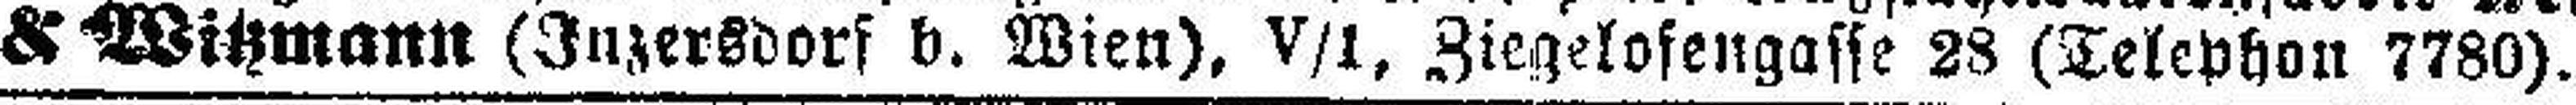
& Witzmann (Inzersdorf b. Wien), V/1, Ziegelosengasse 28 (Telephon 7780).